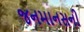
જનમાનસની